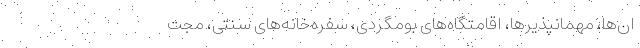
ان‌ها، مهمانپذیرها، اقامتگاه‌های بومگردی، سفره‌خانه‌های سنتی، مجت